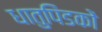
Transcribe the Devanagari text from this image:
धातुपिंडकों